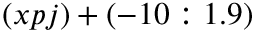
( x p j ) + ( - 1 0 : 1 . 9 )